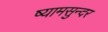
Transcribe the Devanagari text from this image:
ष्यामसुन्दर